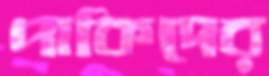
পাকিদের